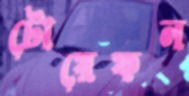
টোয়েফল